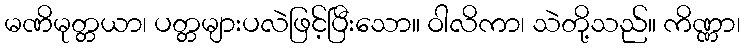
မဏိမုတ္တယာ၊ ပတ္တများပလဲဖြင့်ပြီးသော။ ဝါလိကာ၊ သဲတို့သည်။ ကိဏ္ဏာ၊